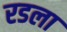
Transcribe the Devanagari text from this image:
रडला